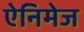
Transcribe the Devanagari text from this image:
ऐनिमेज